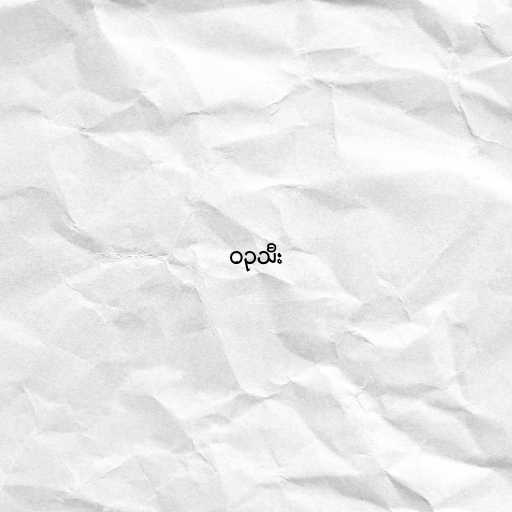
ဝဥသီး